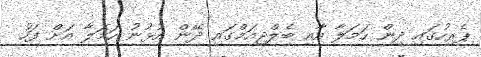
ޕެރިހުގައި ދިން ހަމަލާ އާއި ބެލްޖިއަމްގައި ދޭން އުޅުނު ހަމަލާ އަށް ފަހު